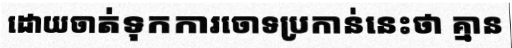
ដោយចាត់ទុកការចោទប្រកាន់នេះថា គ្មាន